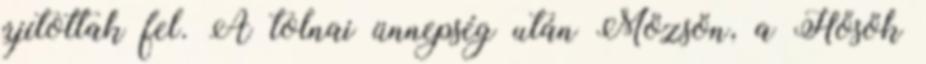
újítottak fel. A tolnai ünnepség után Mözsön, a Hősök